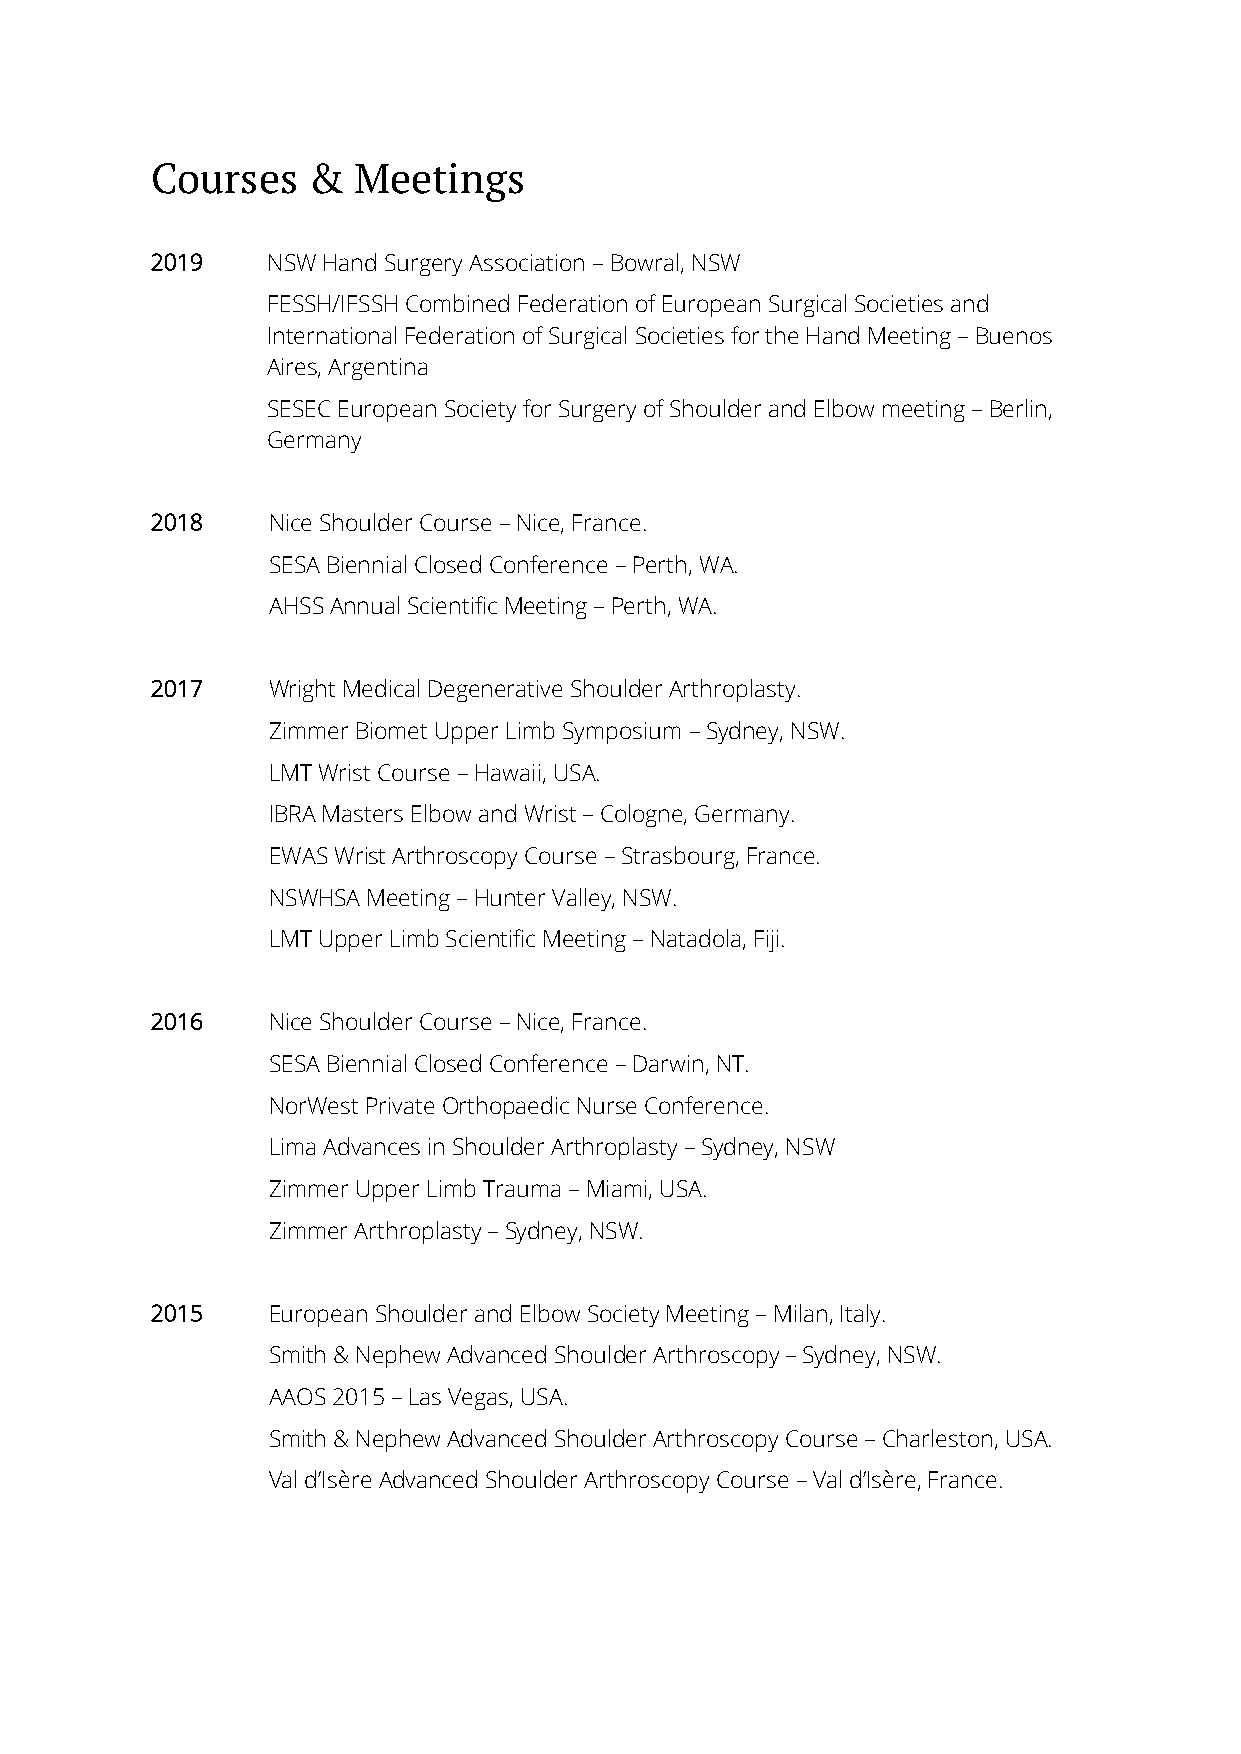
Courses   &  Meetings
 2019    NSW Hand Surgery Association – Bowral, NSW
 FESSH/IFSSH Combined Federation of European Surgical Societies and
 International Federation of Surgical Societies for the Hand Meeting – Buenos
 Aires, Argentina
 SESEC European Society for Surgery of Shoulder and Elbow meeting – Berlin,
 Germany
 2018    Nice Shoulder Course – Nice, France.
 SESA Biennial Closed Conference – Perth, WA.
 AHSS Annual Scientific Meeting – Perth, WA.
 2017    Wright Medical Degenerative Shoulder Arthroplasty.
 Zimmer Biomet Upper Limb Symposium – Sydney, NSW.
 LMT Wrist Course – Hawaii, USA.
 IBRA Masters Elbow and Wrist – Cologne, Germany.
 EWAS Wrist Arthroscopy Course – Strasbourg, France.
 NSWHSA Meeting – Hunter Valley, NSW.
 LMT Upper Limb Scientific Meeting – Natadola, Fiji.
 2016    Nice Shoulder Course – Nice, France.
 SESA Biennial Closed Conference – Darwin, NT.
 NorWest Private Orthopaedic Nurse Conference.
 Lima Advances in Shoulder Arthroplasty – Sydney, NSW
 Zimmer Upper Limb Trauma – Miami, USA.
 Zimmer Arthroplasty – Sydney, NSW.
 2015    European Shoulder and Elbow Society Meeting – Milan, Italy.
 Smith & Nephew Advanced Shoulder Arthroscopy – Sydney, NSW.
 AAOS 2015 – Las Vegas, USA.
 Smith & Nephew Advanced Shoulder Arthroscopy Course – Charleston, USA.
 Val d’Isère Advanced Shoulder Arthroscopy Course – Val d’Isère, France.